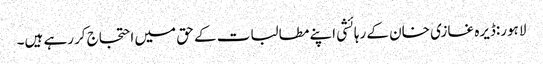
لاہور:ڈیرہ غازی خان کے رہائشی اپنے مطالبات کے حق میں احتجاج کررہے ہیں۔